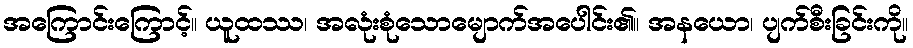
အကြောင်းကြောင့်။ ယူထဿ၊ အလုံးစုံသောမျောက်အပေါင်း၏။ အနယော၊ ပျက်စီးခြင်းကို။